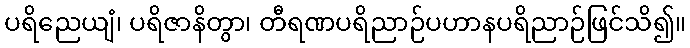
ပရိညေယျံ၊ ပရိဇာနိတွာ၊ တီရဏပရိညာဉ်ပဟာနပရိညာဉ်ဖြင်သိ၍။